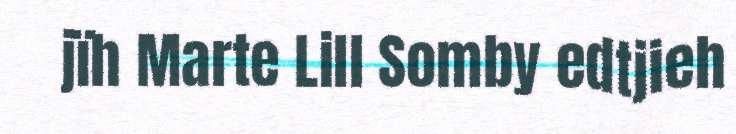
jïh Marte Lill Somby edtjieh